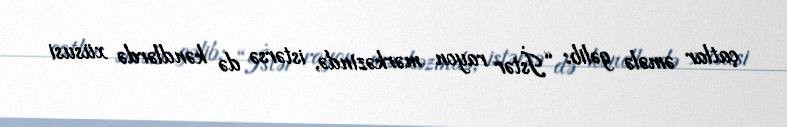
çatlar əmələ gəlib: “İstər rayon mərkəzində, istərsə də kəndlərdə xüsusi